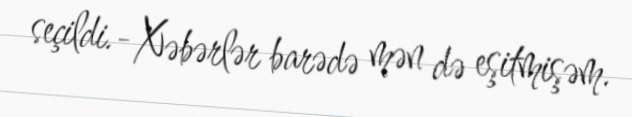
seçildi.- Xəbərlər barədə mən də eşitmişəm.